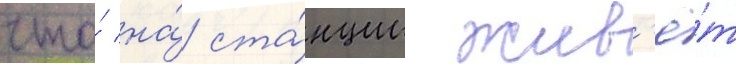
что́ на́ ста́нции жив'ё́т